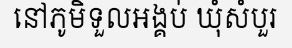
នៅភូមិទួលអង្គប់ ឃុំសំបួរ